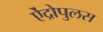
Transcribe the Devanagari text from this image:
ऐंद्रोपुलस